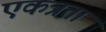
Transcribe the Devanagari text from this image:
एकत्रता